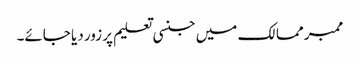
ممبر ممالک میں جنسی تعلیم پر زور دیا جائے۔